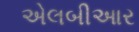
એલબીઆર